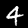
Digit: 4